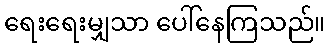
ရေးရေးမျှသာ ပေါ်နေကြသည်။